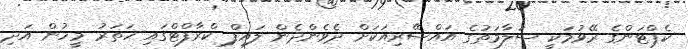
ކެޕްޓަންގެ ރޭވުމަކީ ސަލާމަތުގެ އައްސޭރިއަކަށް ދެވެންދެން ލައިފް ކްރާފްޓްގައި ހަތަރު މީހުން އަދި